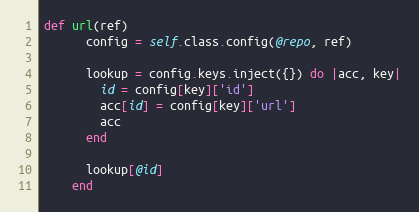
Language: Ruby
def url(ref)
      config = self.class.config(@repo, ref)

      lookup = config.keys.inject({}) do |acc, key|
        id = config[key]['id']
        acc[id] = config[key]['url']
        acc
      end

      lookup[@id]
    end